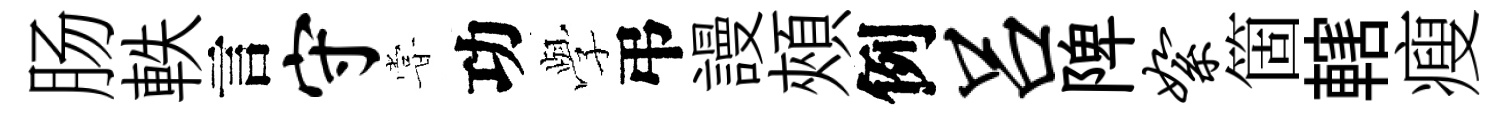
肠軼言守甞功𫝯弔謾頰例吕陴絮箇轄瘦